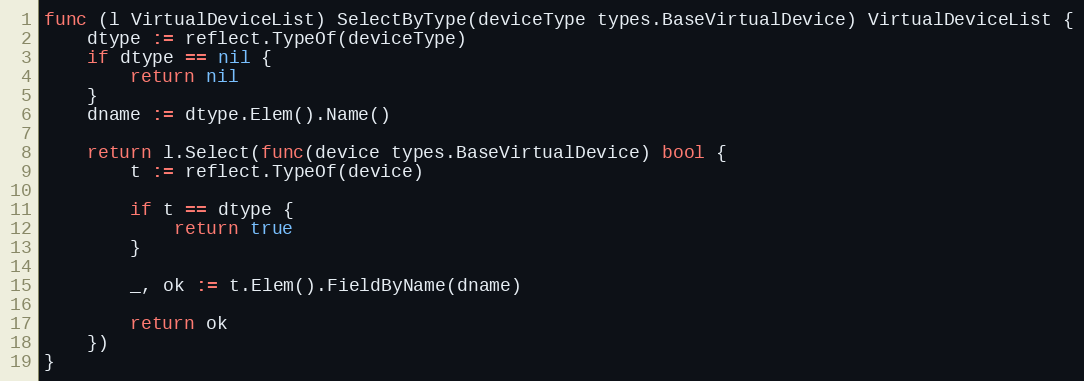
Language: Go
func (l VirtualDeviceList) SelectByType(deviceType types.BaseVirtualDevice) VirtualDeviceList {
	dtype := reflect.TypeOf(deviceType)
	if dtype == nil {
		return nil
	}
	dname := dtype.Elem().Name()

	return l.Select(func(device types.BaseVirtualDevice) bool {
		t := reflect.TypeOf(device)

		if t == dtype {
			return true
		}

		_, ok := t.Elem().FieldByName(dname)

		return ok
	})
}